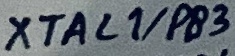
Text: XTAL1/PB3